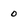
Character: 0